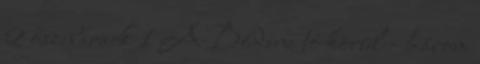
2 őszibarack 1 A Bódeni tó körül - három